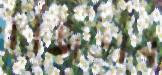
রিজভান